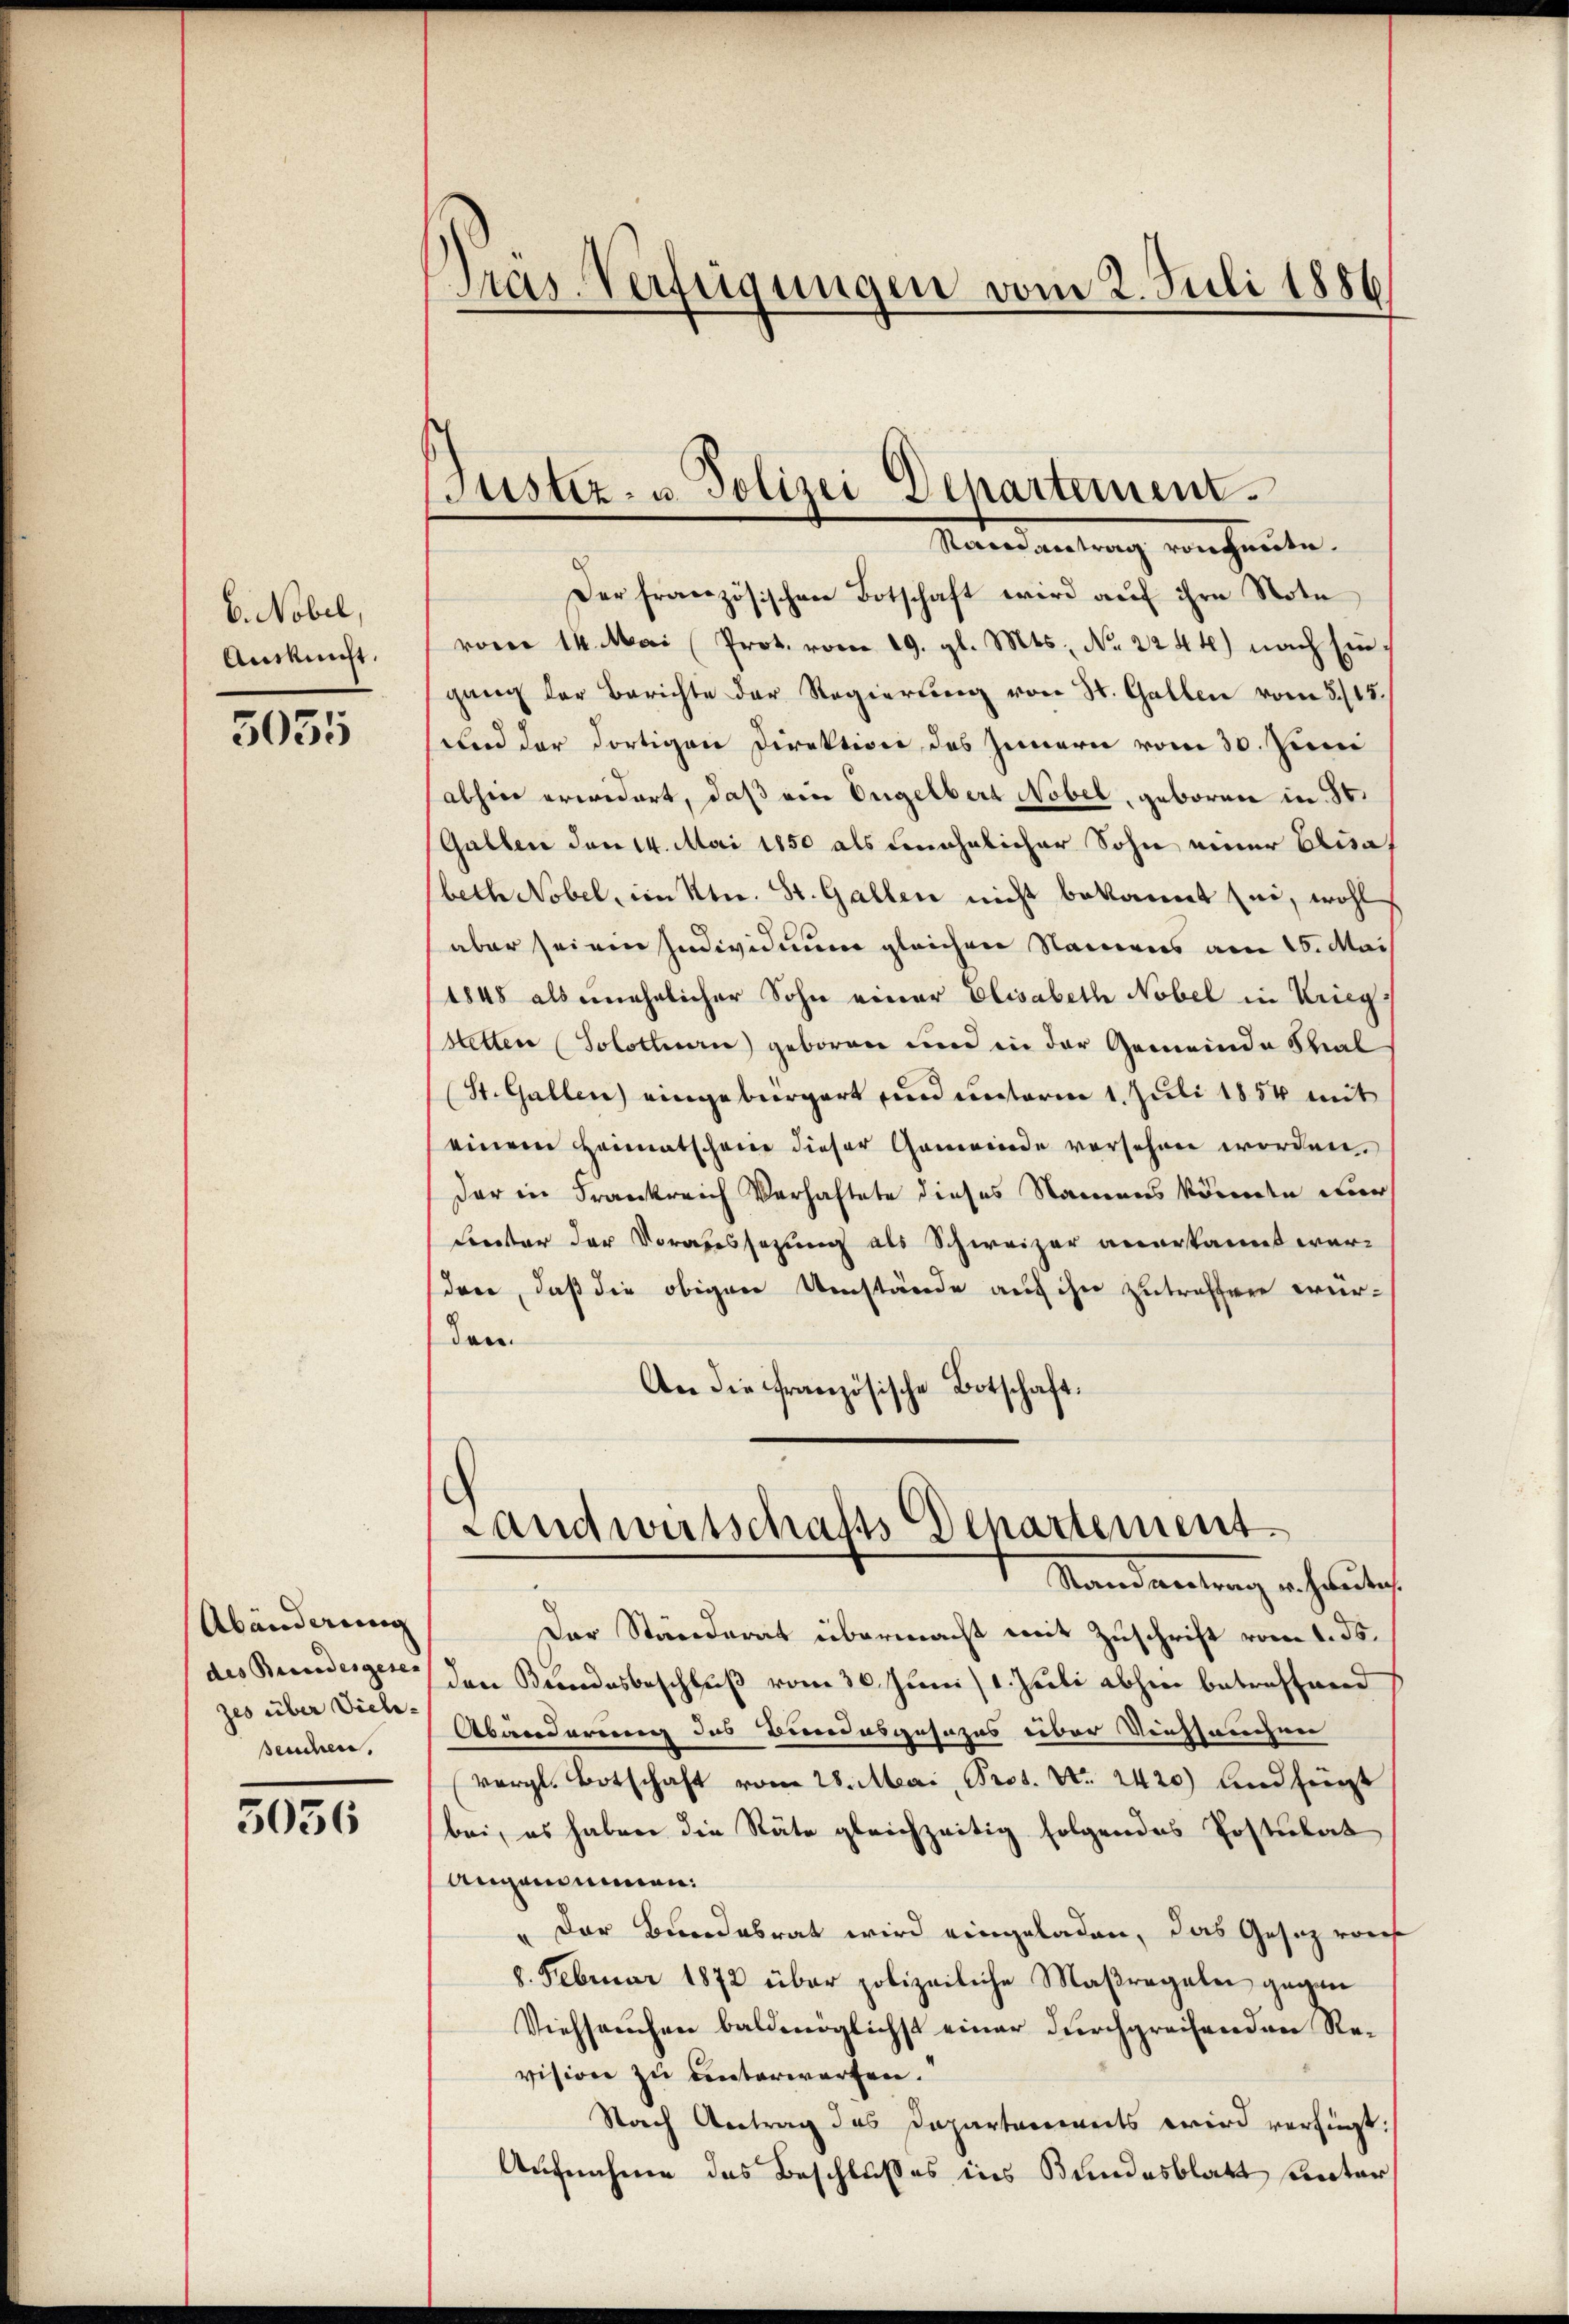
6. Nobel,
Auskunft.

5035

Abänderung
des Bundesgesen |
zes über Viele-
seuchen,

5036

Pras Verfügungen vom 2. Juli 1886

Justiz- u. Polizei Departement.
Mandantung vornheute.

Der französischen Botschaft wird auf ihre Note
vom 14. Mai (Prot. vom 19. gl. Mts. No. 2244) nach Eingang der Berichte der Regierten von St. Gallen vom 5. 15.
und der dortigen Direktion des Innern vom 30. Juni
abhin erwidert, daß ein Engelbert Nobel, geboren in St.
Galben den 14. Mai 1850 als unehelicher Sohn einer Elisabeth Nobel, im Ktn. St. Gallen nicht bekannt sei, wohl
aber sei ein Individuum gleichen Namens am 15. Mai
1848 als unehelicher Sohn einer Elisabeth Nobel in Krieg
stetten (Solothurn) geboren um in der Gemeinde Thal
(St. Gallen eingebürgert und unterm 1. Juli 1854 mit
einem Heimatscheine dieser Gemeinde vorsehen worden.
der in Frankreich Verhaftete dieses Namens könnden dur
Ceretter der Vorabessezung als Schweizer anerkannt werden, daß die obigen Umstände auf ihn zutreffen wurden
An die Französische Botschaft.

Landwirtschafts Departement
Stand antrag erhauses.

Der Ständerat übermacht mit Zuschrift vom 1. ds.
den Bundesbeschluß vom 30. Juni 1. Juli abhin betreffend
Abänderung des Bundesgesezes über Reichsrechnen
vergl. Botschaft vom 28. Mai, Prof. No. 2420) und liegt
bei, es haben die Stäte gleichzeitig folgendes Postulat
angenommen:
" Der Bundesrat wird eingeladen, das Gesetz vorf
8. Februar 1872 über polizeiliche Maßregelei gegen
Viehseuchen baldmöglichst einer durchgreifenden Revision zu unterworfen.
Nach Antrag des Departements wird verfügt:
Aufnahme des Beschlußes ins Bundesblatt unter